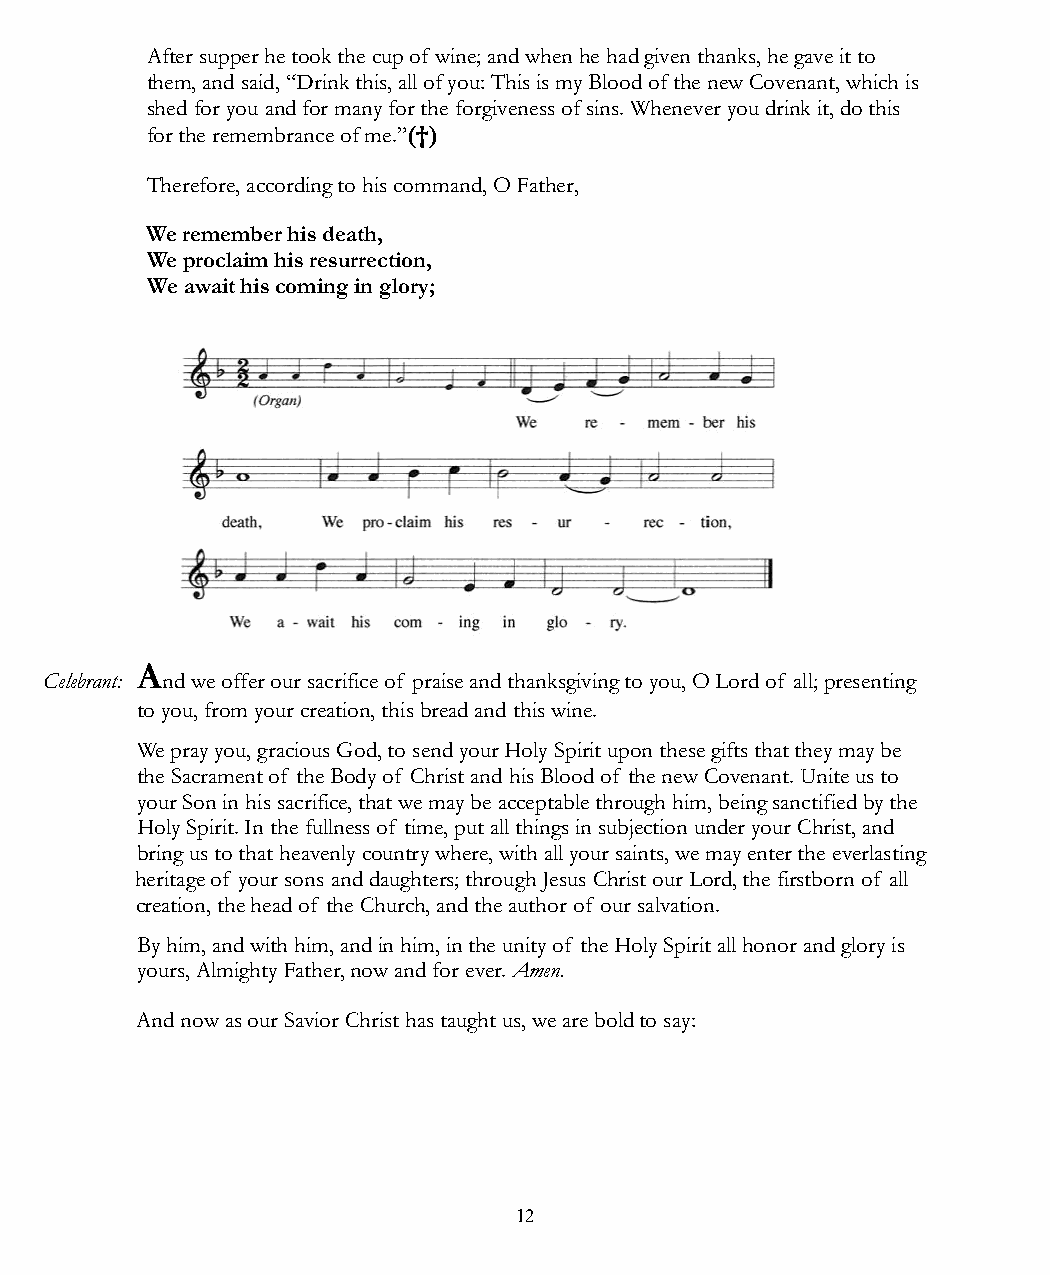
After supper he took the cup of wine; and when he had given thanks, he gave it to
 them, and said, “Drink this, all of you: This is my Blood of the new Covenant, which is
 shed for you and for many for the forgiveness of sins. Whenever you drink it, do this
 for the remembrance of me.”(†)
 Therefore, according to his command, O Father,
 We remember his death,
 We proclaim his resurrection,
 We await his coming in glory;
 A
 Celebrant: nd we offer our sacrifice of praise and thanksgiving to you, O Lord of all; presenting
 to you, from your creation, this bread and this wine.
 We pray you, gracious God, to send your Holy Spirit upon these gifts that they may be
 the Sacrament of the Body of Christ and his Blood of the new Covenant. Unite us to
 your Son in his sacrifice, that we may be acceptable through him, being sanctified by the
 Holy Spirit. In the fullness of time, put all things in subjection under your Christ, and
 bring us to that heavenly country where, with all your saints, we may enter the everlasting
 heritage of your sons and daughters; through Jesus Christ our Lord, the firstborn of all
 creation, the head of the Church, and the author of our salvation.
 By him, and with him, and in him, in the unity of the Holy Spirit all honor and glory is
 yours, Almighty Father, now and for ever. Amen.
 And now as our Savior Christ has taught us, we are bold to say:
 12